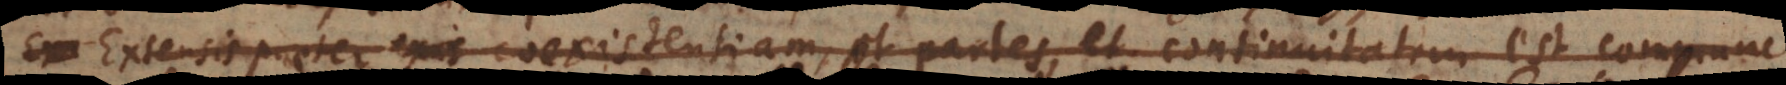
Extensis praeter exis coexistentiam, et partes, et continuitatem est commune